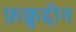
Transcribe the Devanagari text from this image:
फ़क्रुद्दीन